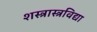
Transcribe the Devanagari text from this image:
शस्त्रास्त्रविद्या